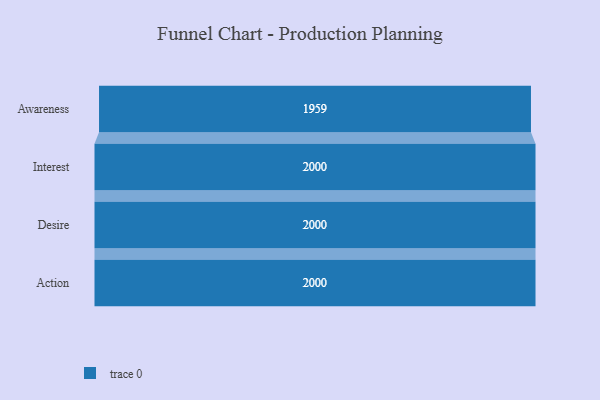
{"axis": {"x": "Stage", "y": "Value"}, "legend": [""], "data": [{"x": "Awareness", "y": 1959.0, "type": ""}, {"x": "Interest", "y": 2000, "type": ""}, {"x": "Desire", "y": 2000, "type": ""}, {"x": "Action", "y": 2000, "type": ""}]}